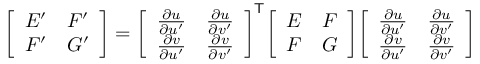
{ \left[ \begin{array} { l l } { E ^ { \prime } } & { F ^ { \prime } } \\ { F ^ { \prime } } & { G ^ { \prime } } \end{array} \right] } = { \left[ \begin{array} { l l } { { \frac { \partial u } { \partial u ^ { \prime } } } } & { { \frac { \partial u } { \partial v ^ { \prime } } } } \\ { { \frac { \partial v } { \partial u ^ { \prime } } } } & { { \frac { \partial v } { \partial v ^ { \prime } } } } \end{array} \right] } ^ { \mathsf { T } } { \left[ \begin{array} { l l } { E } & { F } \\ { F } & { G } \end{array} \right] } { \left[ \begin{array} { l l } { { \frac { \partial u } { \partial u ^ { \prime } } } } & { { \frac { \partial u } { \partial v ^ { \prime } } } } \\ { { \frac { \partial v } { \partial u ^ { \prime } } } } & { { \frac { \partial v } { \partial v ^ { \prime } } } } \end{array} \right] }